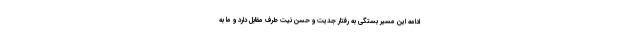
ادامه این مسیر بستگی به رفتار جدیت و حسن نیت طرف مقابل دارد و ما به